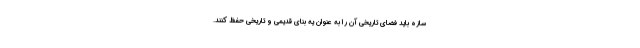
سازه باید فضای تاریخی آن را به عنوان یه بنای قدیمی و تاریخی حفظ کنند.